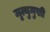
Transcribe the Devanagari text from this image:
मृ्त्युमुखी